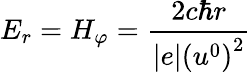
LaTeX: E_{r}=H_{\varphi}=\frac{2c\hbar r}{\left|e\right|\left(u^{0}\right)^{2}}